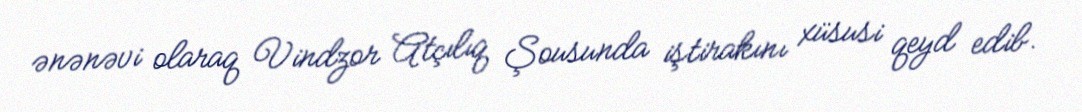
ənənəvi olaraq Vindzor Atçılıq Şousunda iştirakını xüsusi qeyd edib.